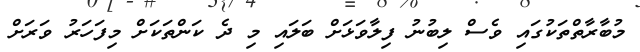
މުބާރާތްތަކުގައި ވެސް ލިބުނު ފިލާވަޅަށް ބަލައި މި ދެ ކަންތަކަށް މިފަހަރު ވަރަށް